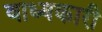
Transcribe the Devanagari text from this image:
वाध्यकारी